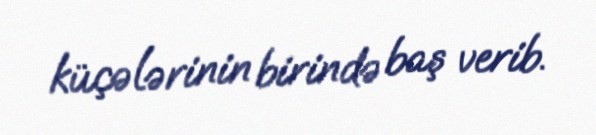
küçələrinin birində baş verib.